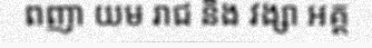
ពញា យម រាជ និង វង្សា អគ្គ